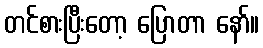
တင်စားပြီးတော့ ပြောတာ နော်။